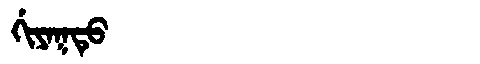
Manchu: ᡤᡳᠶᠠᡴᡨᡠ
Romanization: GIYAKTU